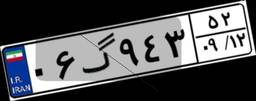
۷۴گ۰۲۳۲۳